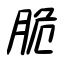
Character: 脆